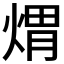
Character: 煟